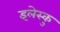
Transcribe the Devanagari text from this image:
इलेस्कु